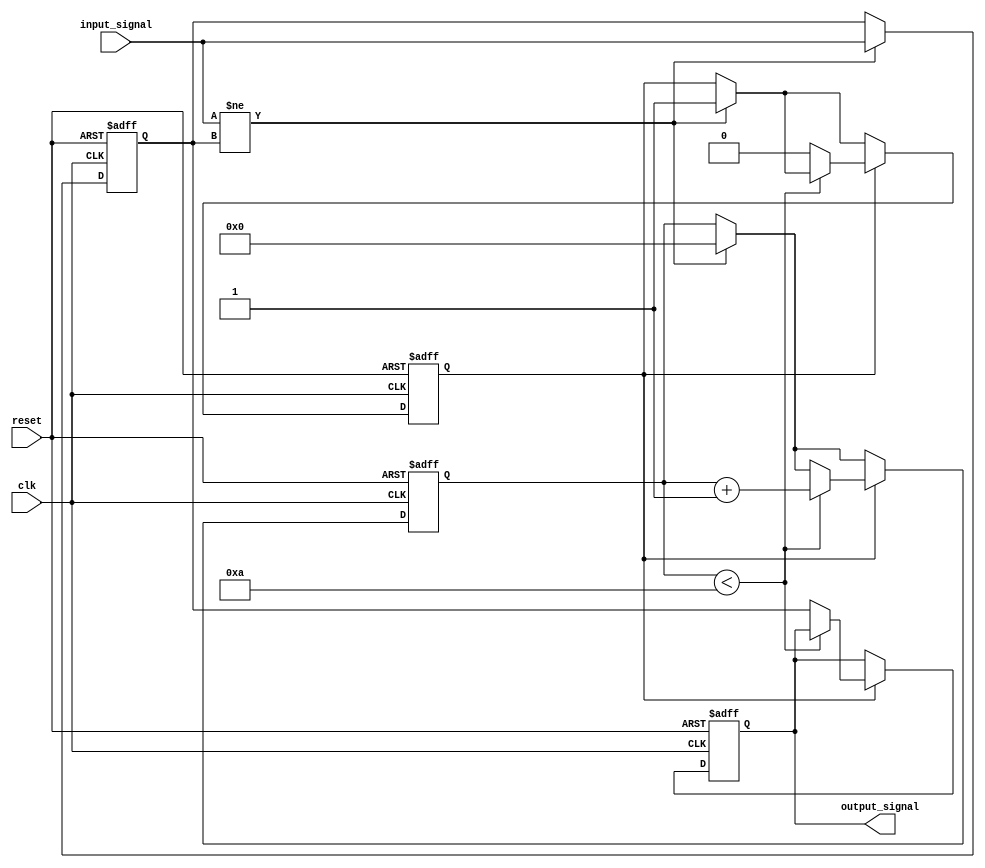
module Delay #(
    parameter DELAY_DURATION = 10  // Delay duration in time units (e.g., 10 time units)
) (
    input wire clk,                 // Clock signal
    input wire reset,               // Reset signal
    input wire input_signal,        // Input signal
    output reg output_signal        // Delayed output signal
);

    // Internal signal to track the delayed value
    reg input_signal_reg;
    
    // State to track the delay duration
    reg [31:0] delay_counter;       // Delay counter
    reg delaying;                   // Flag to indicate if we are in a delay state

    always @(posedge clk or posedge reset) begin
        if (reset) begin
            output_signal <= 1'b0;   // Reset output to low
            input_signal_reg <= 1'b0; // Reset internal input signal register
            delay_counter <= 0;       // Reset delay counter
            delaying <= 1'b0;         // Reset delaying flag
        end else begin
            // Capture the input signal on the rising edge
            if (input_signal != input_signal_reg) begin
                input_signal_reg <= input_signal; // Update internal input register
                delay_counter <= 0;                // Reset counter
                delaying <= 1'b1;                  // Start delaying
            end
            
            // Handle the delay counting
            if (delaying) begin
                if (delay_counter < DELAY_DURATION) begin
                    delay_counter <= delay_counter + 1; // Increment delay counter
                end else begin
                    output_signal <= input_signal_reg; // Update output signal
                    delaying <= 1'b0;                  // Stop delaying
                end
            end
        end
    end

endmodule